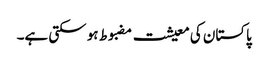
پاکستان کی معیشت مضبوط ہو سکتی ہے۔